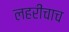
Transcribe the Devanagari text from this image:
लहरींचाच